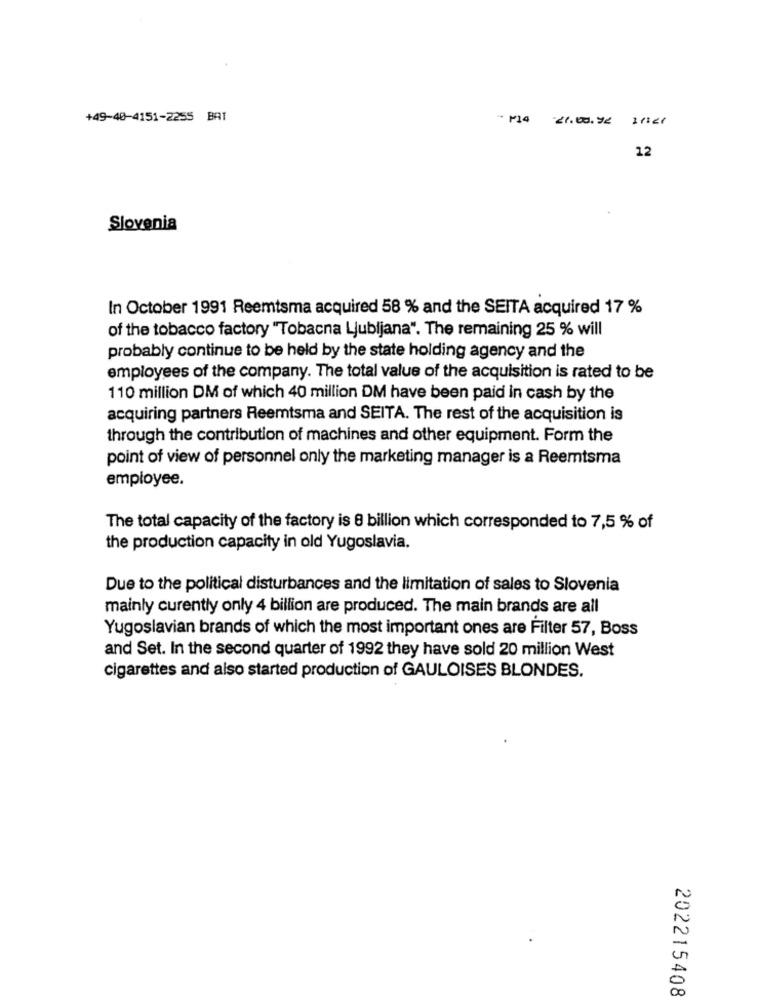
+49-40-4151-2255 BAT
* * 14 21.00.72 11:21
12
Slovenia
In October 1991 Reemtsma acquired 58 % and the SEITA acquired 17 %
of the tobacco factory "Tobacna Ljubljana". The remaining 25 % will
probably continue to be held by the state holding agency and the
employees of the company. The total value of the acquisition is rated to be
110 million DM of which 40 million DM have been paid in cash by the
acquiring partners Reemtsma and SEITA. The rest of the acquisition is
through the contribution of machines and other equipment. Form the
point of view of personnel only the marketing manager is a Reemtsma
employee.
The total capacity of the factory is 8 billion which corresponded to 7,5 % of
the production capacity in old Yugoslavia.
Due to the political disturbances and the limitation of sales to Slovenia
mainly curently only 4 billion are produced. The main brands are all
Yugoslavian brands of which the most important ones are Filter 57, Boss
and Set. In the second quarter of 1992 they have sold 20 million West
cigarettes and also started production of GAULOISES BLONDES.
202215408